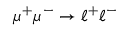
\mu ^ { + } \mu ^ { - } \to \ell ^ { + } \ell ^ { - }